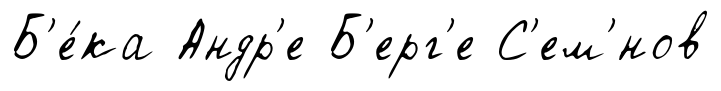
Б'е́ка Андр'е Б'ерг'е С'ем'́нов